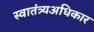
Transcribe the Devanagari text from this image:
स्वातंत्र्यअधिकार